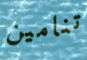
تنامين